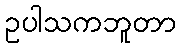
ဥပါသကဘူတာ